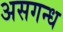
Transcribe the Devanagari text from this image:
असगन्ध